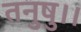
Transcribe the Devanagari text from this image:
तनुषु।।